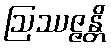
ဩဿဇ္ဇန္တိ